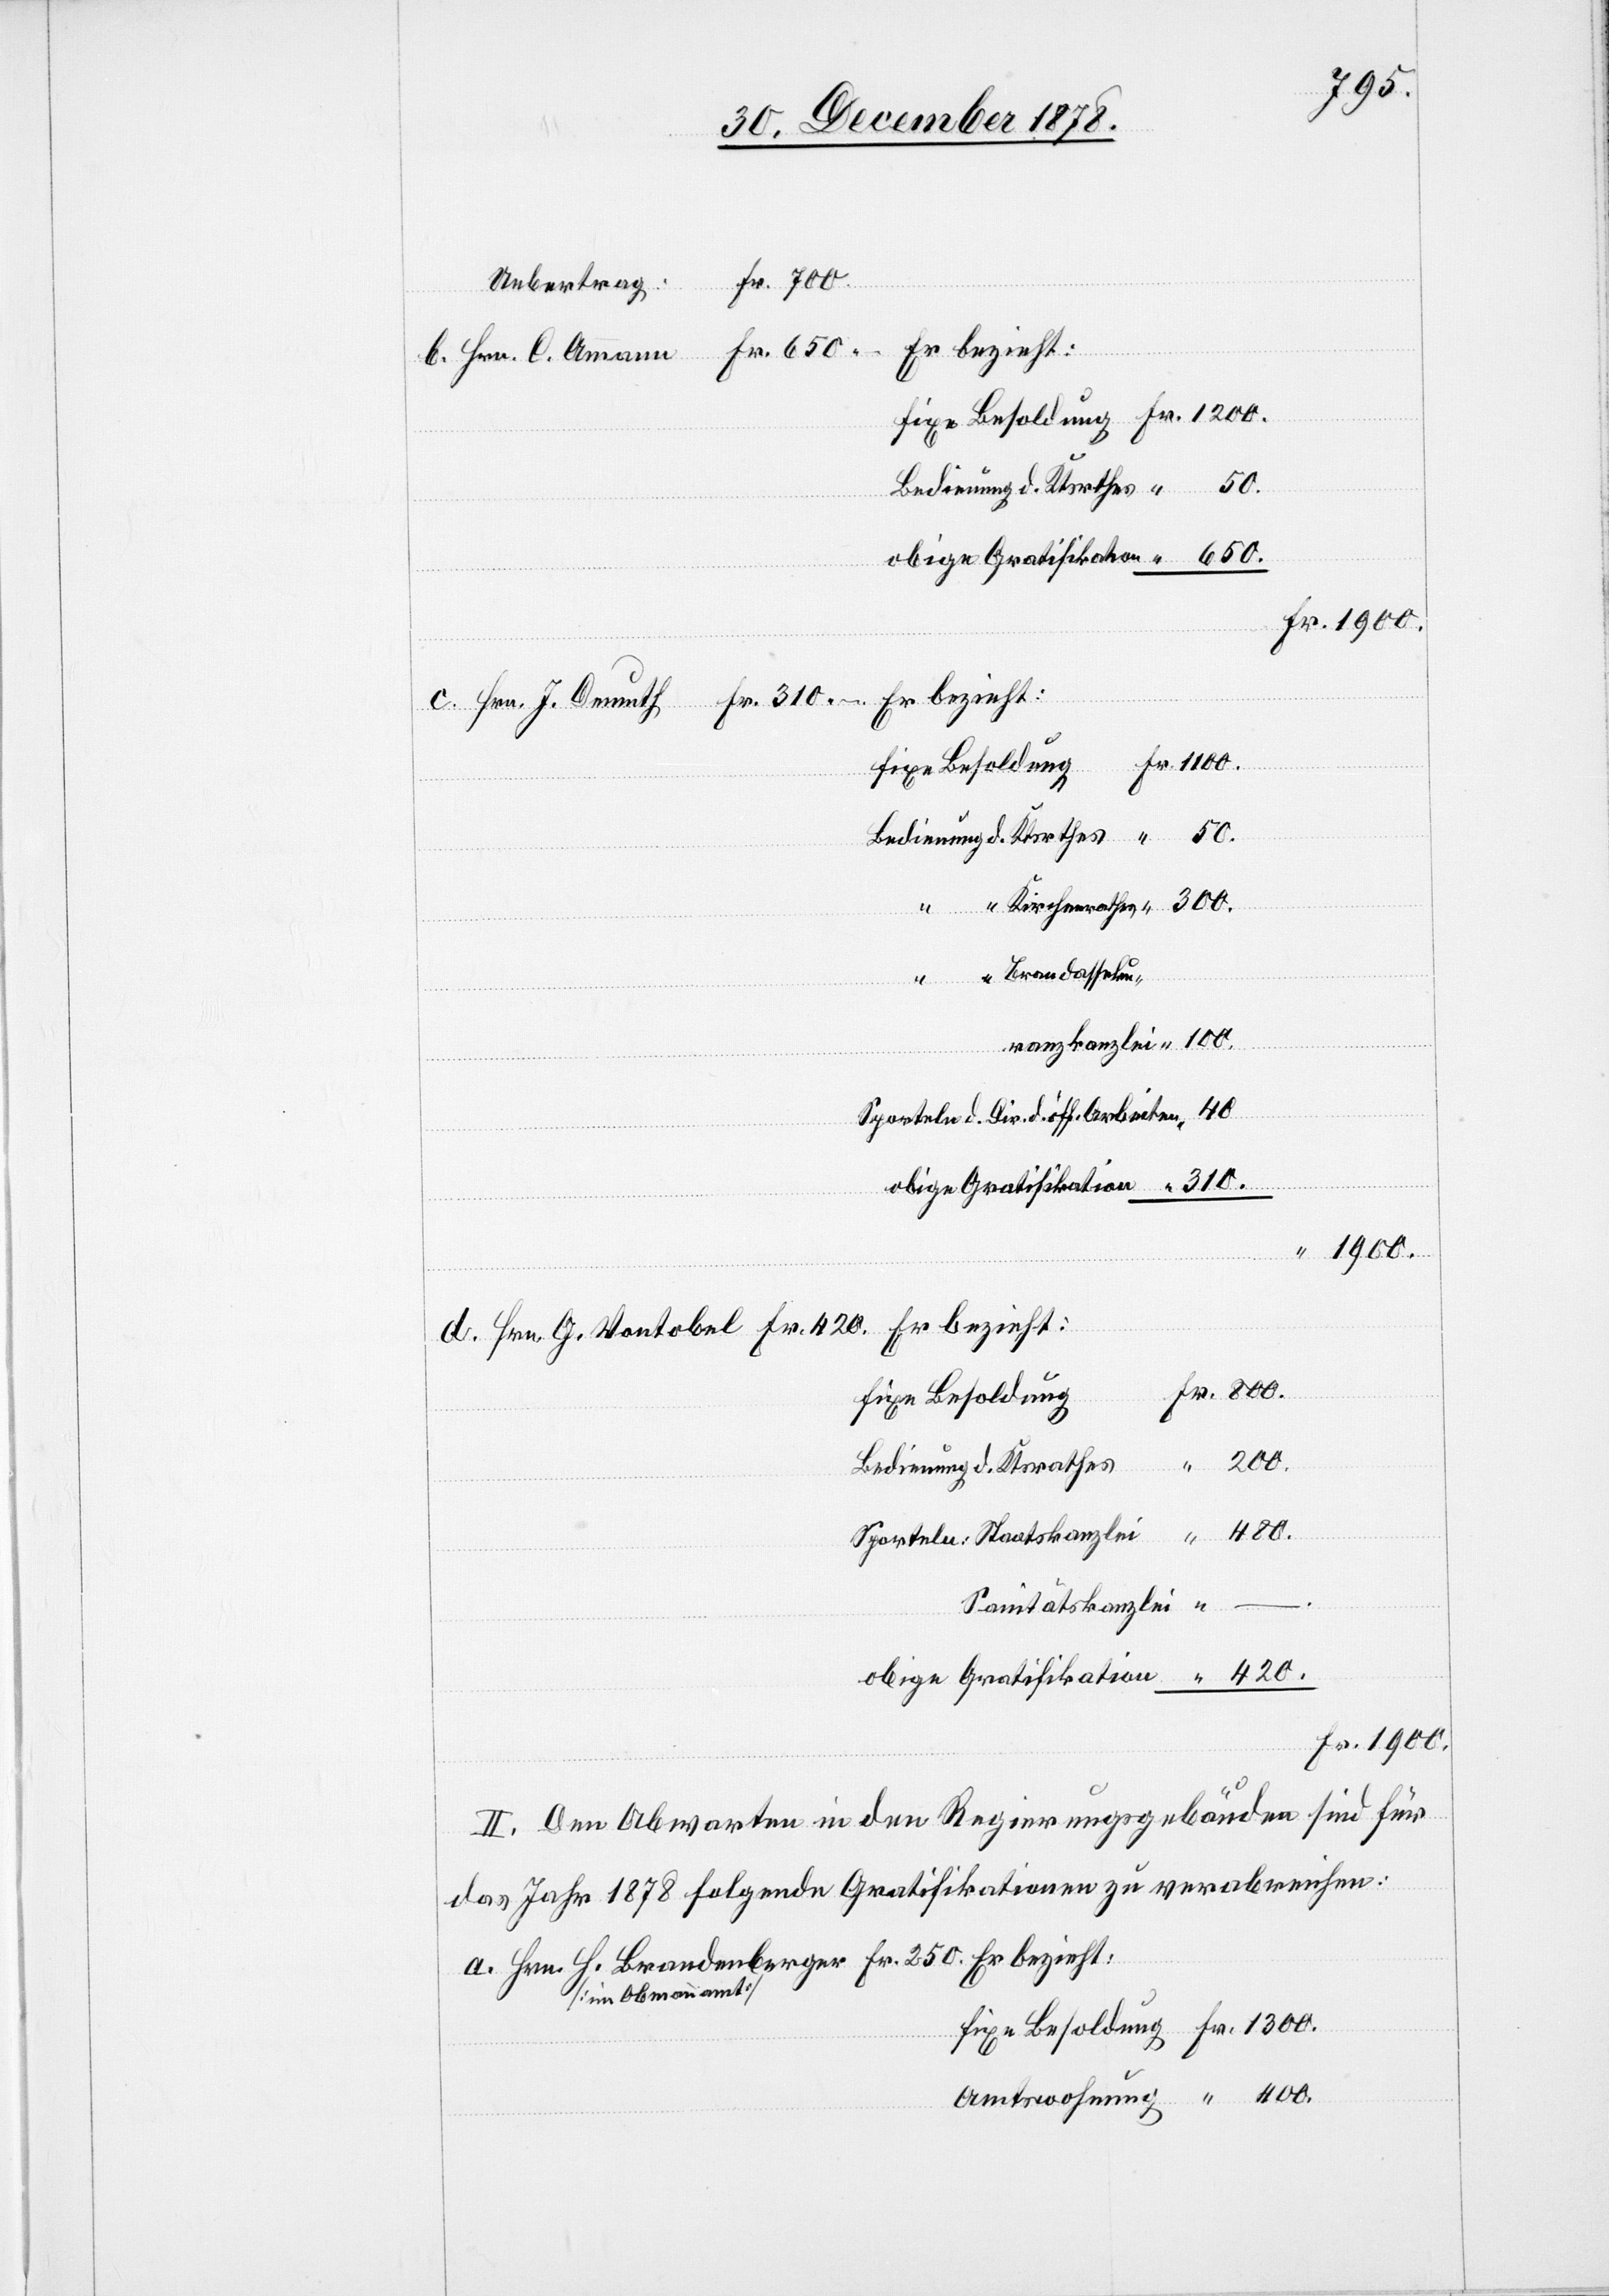
400.
Uebertrag:
Er bezieht;
Fr.
Amtswohnung
“ Brandasseku-
Amann
Sporteln d. Dir. d. öff. Arbeiten
obige Gratifikation
fixe Besoldung
Sporteln: Staatskanzlei
“
Sanitätskanzlei
II. Den Abwarten in den Regierungsgebäuden sind für
das Jahr 1878 folgende Gratifikationen zu verabreichen:
[im Obmannamt]